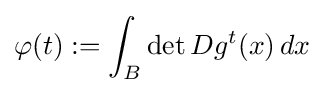
\varphi (t):=\int _{B}\det Dg^{t}(x)\,dx